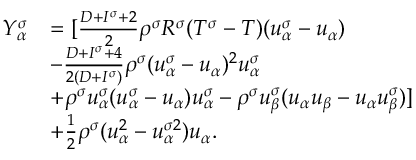
\begin{array} { r } { \begin{array} { r l } { Y _ { \alpha } ^ { \sigma } } & { = [ \frac { D + I ^ { \sigma } + 2 } { 2 } \rho ^ { \sigma } R ^ { \sigma } ( T ^ { \sigma } - T ) ( u _ { \alpha } ^ { \sigma } - u _ { \alpha } ) } \\ & { - \frac { D + I ^ { \sigma } + 4 } { 2 ( D + I ^ { \sigma } ) } \rho ^ { \sigma } ( u _ { \alpha } ^ { \sigma } - u _ { \alpha } ) ^ { 2 } u _ { \alpha } ^ { \sigma } } \\ & { + \rho ^ { \sigma } u _ { \alpha } ^ { \sigma } ( u _ { \alpha } ^ { \sigma } - u _ { \alpha } ) u _ { \alpha } ^ { \sigma } - \rho ^ { \sigma } u _ { \beta } ^ { \sigma } ( u _ { \alpha } u _ { \beta } - u _ { \alpha } u _ { \beta } ^ { \sigma } ) ] } \\ & { + \frac { 1 } { 2 } \rho ^ { \sigma } ( u _ { \alpha } ^ { 2 } - u _ { \alpha } ^ { \sigma 2 } ) u _ { \alpha } . } \end{array} } \end{array}